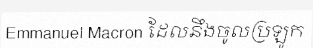
Emmanuel Macron ដែលនឹងចូលប្រឡូក